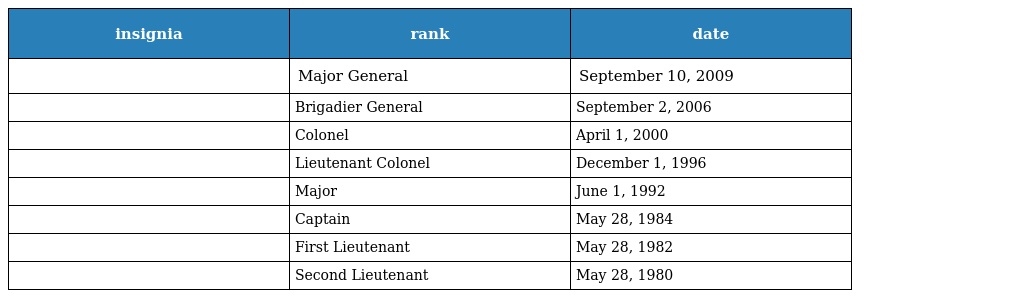
| insignia | rank | date |
 | --- | --- | --- |
 |  | Major General | September 10, 2009 |
 |  | Brigadier General | September 2, 2006 |
 |  | Colonel | April 1, 2000 |
 |  | Lieutenant Colonel | December 1, 1996 |
 |  | Major | June 1, 1992 |
 |  | Captain | May 28, 1984 |
 |  | First Lieutenant | May 28, 1982 |
 |  | Second Lieutenant | May 28, 1980 |